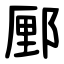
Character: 䣑